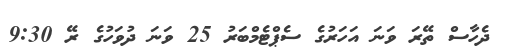
ދެހާސް ތޭރަ ވަނަ އަހަރުގެ ސެޕްޓެމްބަރު 25 ވަނަ ދުވަހުގެ ރޭ 9:30